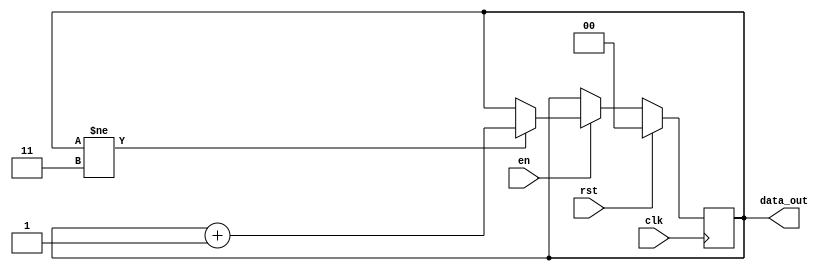
`timescale 1ns/1ps

module counter (
  input 	   clk,
  input 	   rst,
  input 	   en,
  output reg [1:0] data_out
);

   
   always @ (posedge clk) begin //entra no ciclo quando o relgio est a ascender
      if (rst == 1'b1) begin // se rst = 1,ento data_out = 0
	 data_out <= 2'b0;
      end
      else if (en == 1'b1 ) begin// se o enable estiver activo e se o data_out no chegou ao limite, incrementa mais 1 ao data_out
	 if(data_out != 2'b11)
	    data_out <= data_out+1'b1;
      end
   end

endmodule